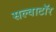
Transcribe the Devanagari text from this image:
सल्वाटॉर